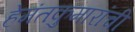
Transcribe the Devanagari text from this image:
हेमंतकुमारांची